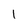
Character: 1